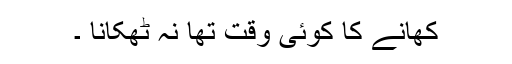
کھانے کا کوئی وقت تھا نہ ٹھکانا ۔